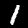
Digit: 1